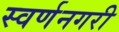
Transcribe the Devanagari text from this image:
स्‍वर्णनगरी